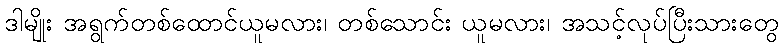
ဒါမျိုး အရွက်တစ်ထောင်ယူမလား၊ တစ်သောင်း ယူမလား၊ အသင့်လုပ်ပြီးသားတွေ